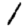
Digit: 1